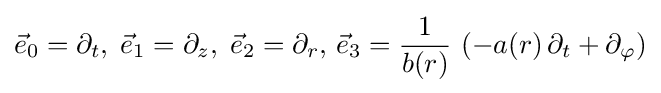
{\vec {e}}_{0}=\partial _{t},\;{\vec {e}}_{1}=\partial _{z},\;{\vec {e}}_{2}=\partial _{r},\,{\vec {e}}_{3}={\frac {1}{b(r)}}\,\left(-a(r)\,\partial _{t}+\partial _{\varphi }\right)